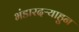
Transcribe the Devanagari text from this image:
भंडारदऱ्याहुन